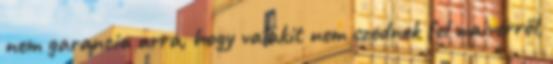
nem garancia arra, hogy valakit nem szednek fel waiverről,